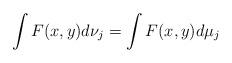
LaTeX: \begin{align*}\int F(x,y)d\nu_j=\int F(x,y) d\mu_j\end{align*}